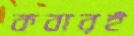
কবারই